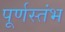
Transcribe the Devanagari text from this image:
पूर्णस्तंभ